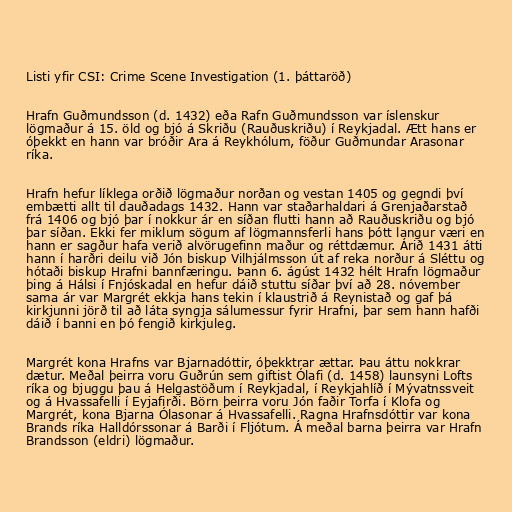
Listi yfir CSI: Crime Scene Investigation (1. þáttaröð)

Hrafn Guðmundsson (d. 1432) eða Rafn Guðmundsson var íslenskur
lögmaður á 15. öld og bjó á Skriðu (Rauðuskriðu) í Reykjadal. Ætt hans er
óþekkt en hann var bróðir Ara á Reykhólum, föður Guðmundar Arasonar
ríka.

Hrafn hefur líklega orðið lögmaður norðan og vestan 1405 og gegndi því
embætti allt til dauðadags 1432. Hann var staðarhaldari á Grenjaðarstað
frá 1406 og bjó þar í nokkur ár en síðan flutti hann að Rauðuskriðu og bjó
þar síðan. Ekki fer miklum sögum af lögmannsferli hans þótt langur væri en
hann er sagður hafa verið alvörugefinn maður og réttdæmur. Árið 1431 átti
hann í harðri deilu við Jón biskup Vilhjálmsson út af reka norður á Sléttu og
hótaði biskup Hrafni bannfæringu. Þann 6. ágúst 1432 hélt Hrafn lögmaður
þing á Hálsi í Fnjóskadal en hefur dáið stuttu síðar því að 28. nóvember
sama ár var Margrét ekkja hans tekin í klaustrið á Reynistað og gaf þá
kirkjunni jörð til að láta syngja sálumessur fyrir Hrafni, þar sem hann hafði
dáið í banni en þó fengið kirkjuleg.

Margrét kona Hrafns var Bjarnadóttir, óþekktrar ættar. Þau áttu nokkrar
dætur. Meðal þeirra voru Guðrún sem giftist Ólafi (d. 1458) launsyni Lofts
ríka og bjuggu þau á Helgastöðum í Reykjadal, í Reykjahlíð í Mývatnssveit
og á Hvassafelli í Eyjafirði. Börn þeirra voru Jón faðir Torfa í Klofa og
Margrét, kona Bjarna Ólasonar á Hvassafelli. Ragna Hrafnsdóttir var kona
Brands ríka Halldórssonar á Barði í Fljótum. Á meðal barna þeirra var Hrafn
Brandsson (eldri) lögmaður.